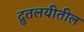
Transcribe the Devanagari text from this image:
द्रुतलयीतील